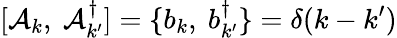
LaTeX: [\mathcal{A}_{k},~\mathcal{A}_{k^{\prime}}^{\dagger}]=\{ b_{k},~b_{k^{\prime}}^{\dagger}\} =\delta(k-k^{\prime})